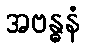
အဗန္ဓနံ